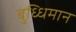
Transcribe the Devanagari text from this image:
बुध्धिमान